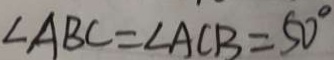
\angle A B C = \angle A C B = 5 0 ^ { \circ }